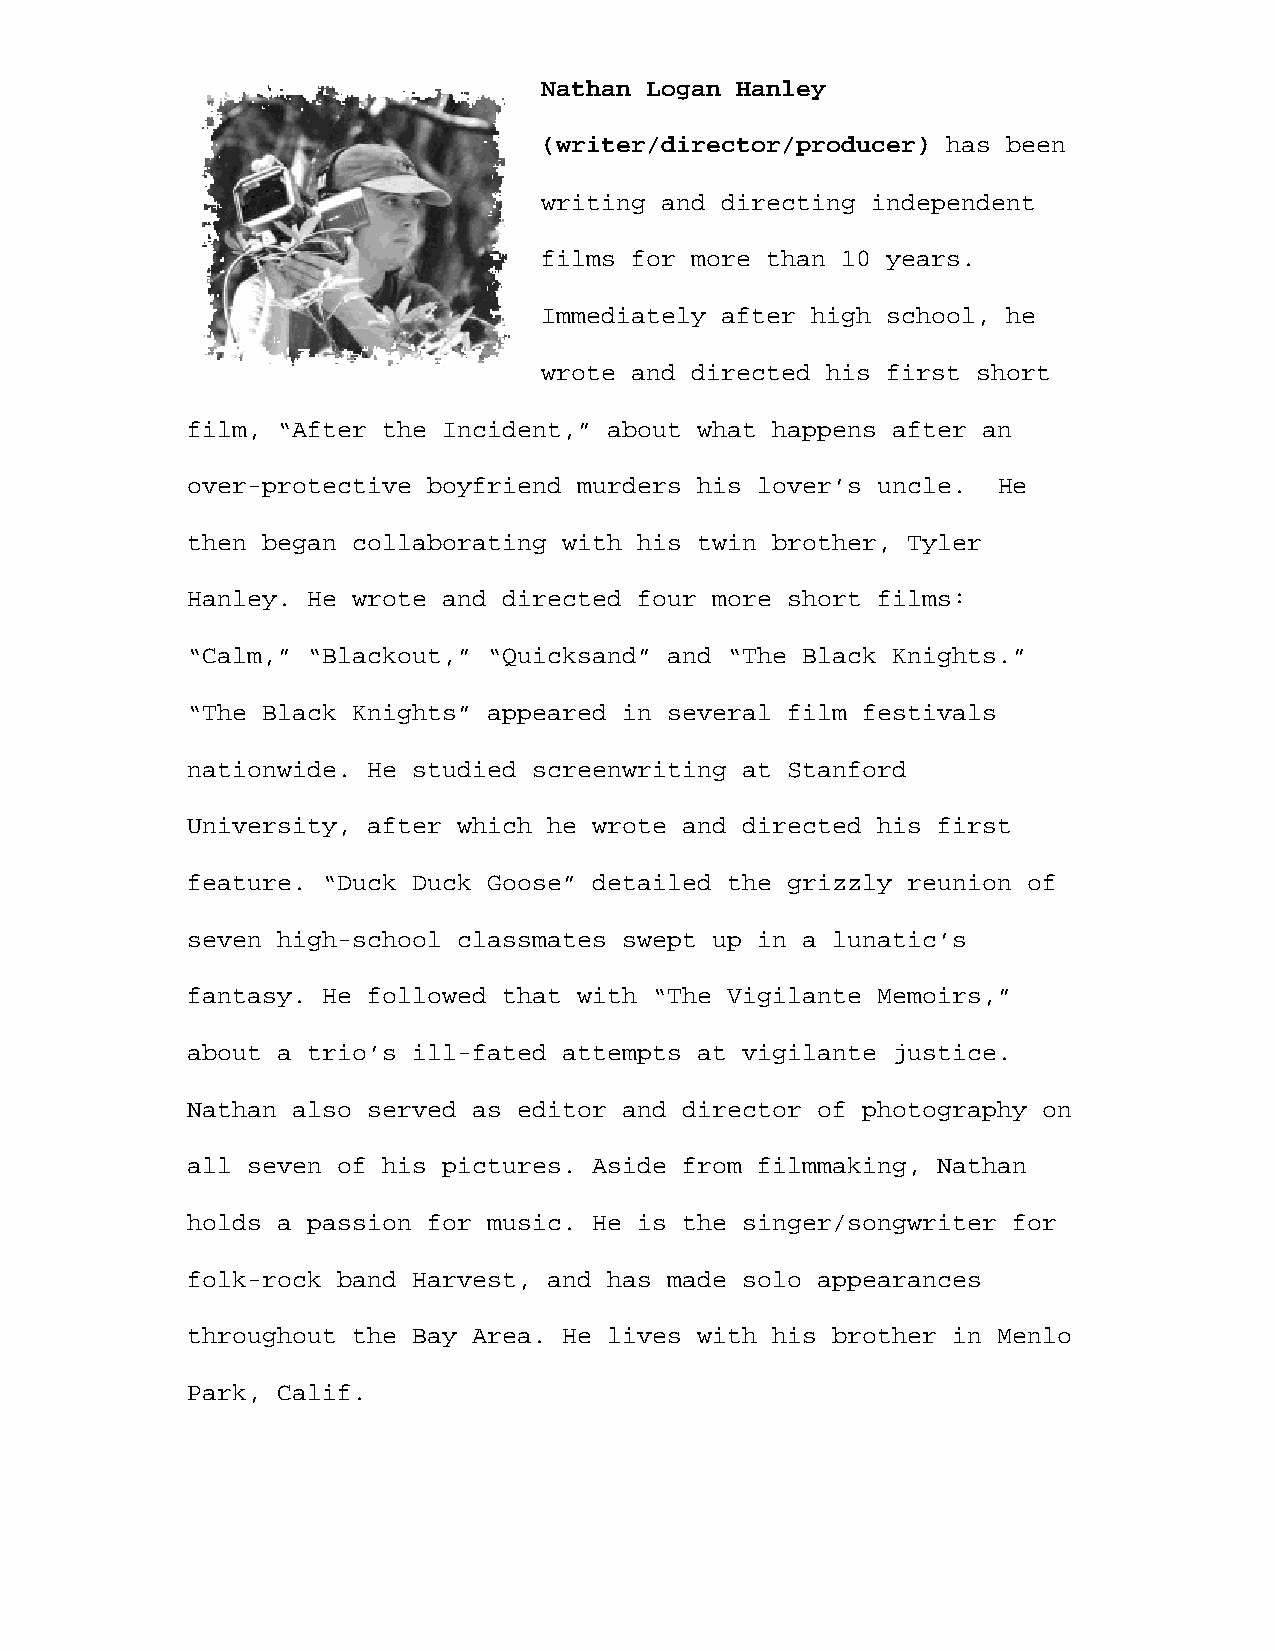
Nathan Logan Hanley
 (writer/director/producer) has been
 writing and directing independent
 films for more than 10 years.
 Immediately after high school, he
 wrote and directed his first short
 film, “After the Incident,” about what happens after an
 over-protective boyfriend murders his lover’s uncle.  He
 then began collaborating with his twin brother, Tyler
 Hanley. He wrote and directed four more short films:
 “Calm,” “Blackout,” “Quicksand” and “The Black Knights.”
 “The Black Knights” appeared in several film festivals
 nationwide. He studied screenwriting at Stanford
 University, after which he wrote and directed his first
 feature. “Duck Duck Goose” detailed the grizzly reunion of
 seven high-school classmates swept up in a lunatic’s
 fantasy. He followed that with “The Vigilante Memoirs,”
 about a trio’s ill-fated attempts at vigilante justice.
 Nathan also served as editor and director of photography on
 all seven of his pictures. Aside from filmmaking, Nathan
 holds a passion for music. He is the singer/songwriter for
 folk-rock band Harvest, and has made solo appearances
 throughout the Bay Area. He lives with his brother in Menlo
 Park, Calif.